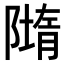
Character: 𨼢